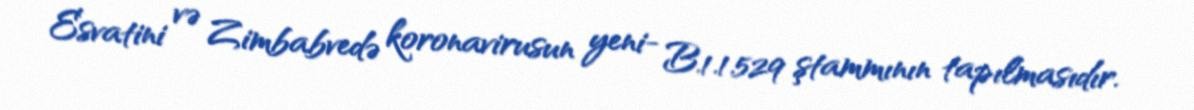
Esvatini və Zimbabvedə koronavirusun yeni- B.1.1.529 ştammının tapılmasıdır.